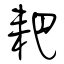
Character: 耙